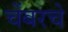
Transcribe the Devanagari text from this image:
चेंबरचे